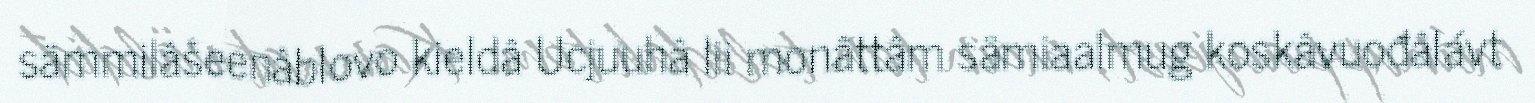
sämmilâšeenâblovo kieldâ Ucjuuhâ lii monâttâm sämiaalmug koskâvuođâlávt